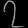
Digit: ၇